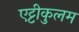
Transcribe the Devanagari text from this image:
एट्टीकुलम